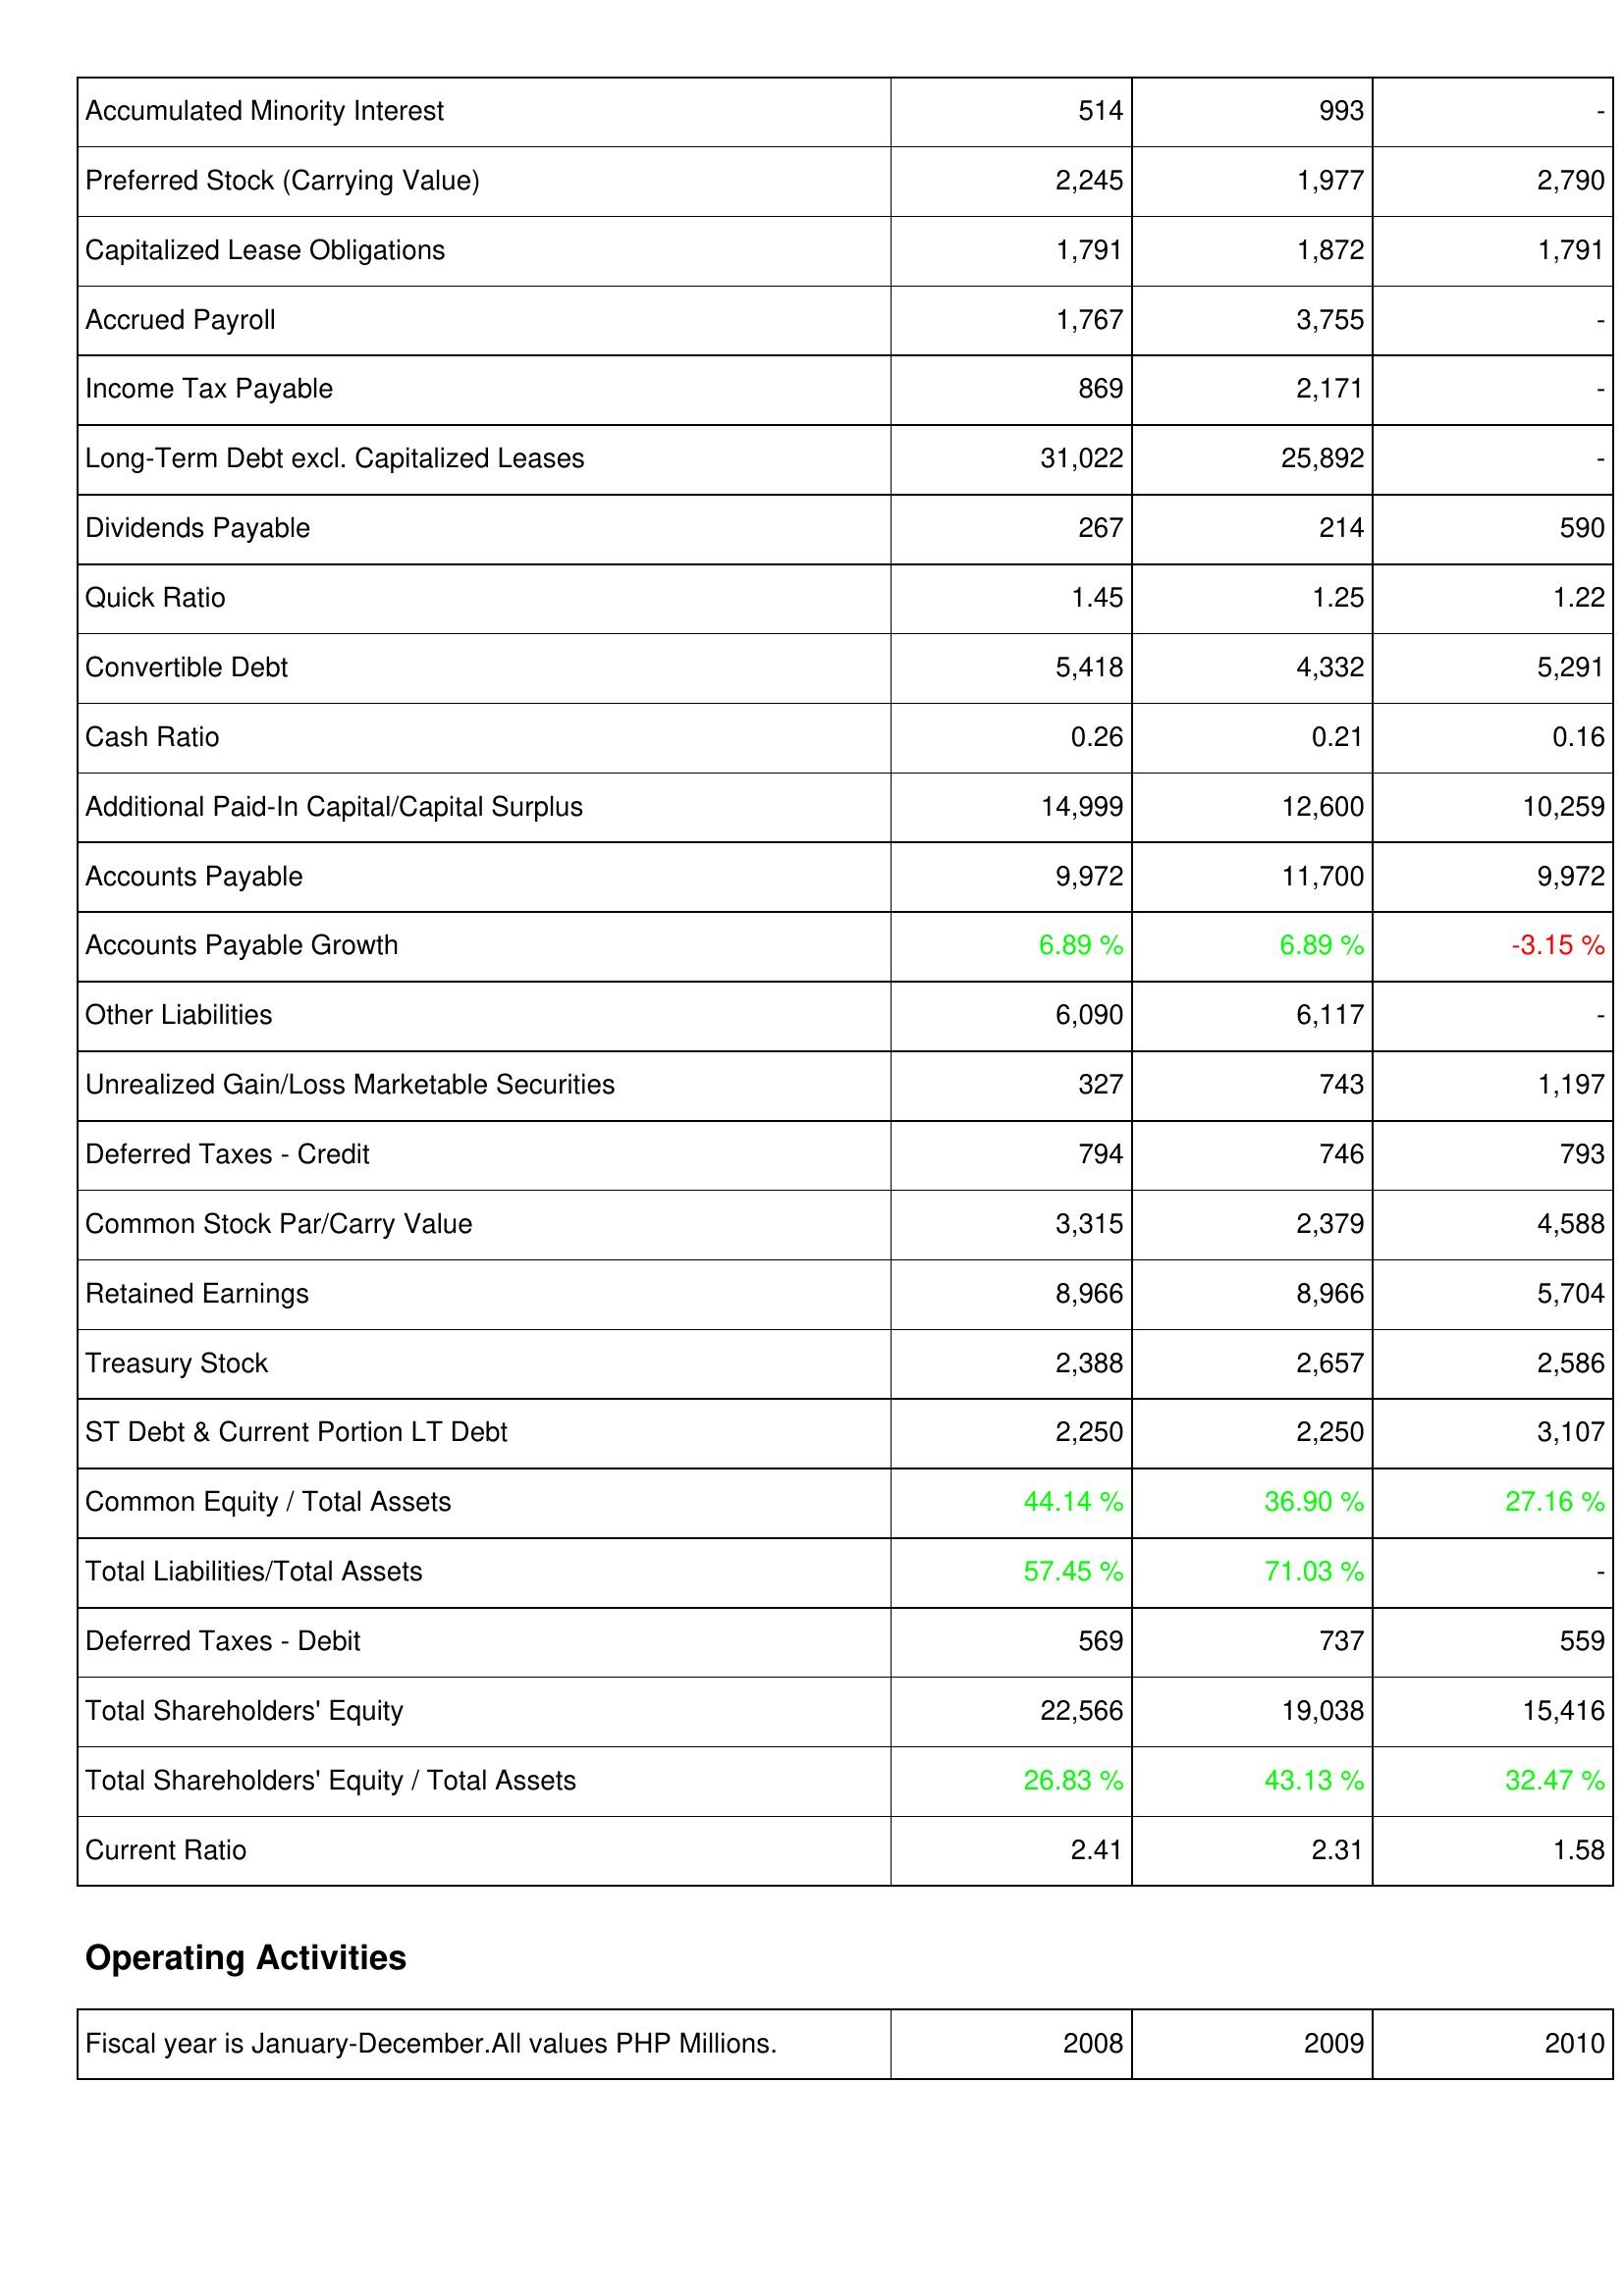
2008: Liabilities & Shareholders' Equity: Accumulated Minority Interest: 514
Preferred Stock (Carrying Value): 2,245
Capitalized Lease Obligations: 1,791
Accrued Payroll: 1,767
Income Tax Payable: 869
Long-Term Debt excl. Capitalized Leases: 31,022
Dividends Payable: 267
Quick Ratio: 1.45
Convertible Debt: 5,418
Cash Ratio: 0.26
Additional Paid-In Capital/Capital Surplus: 14,999
Accounts Payable: 9,972
Accounts Payable Growth: 6.89 %
Other Liabilities: 6,090
Unrealized Gain/Loss Marketable Securities: 327
Deferred Taxes - Credit: 794
Common Stock Par/Carry Value: 3,315
Retained Earnings: 8,966
Treasury Stock: 2,388
ST Debt & Current Portion LT Debt: 2,250
Common Equity / Total Assets: 44.14 %
Total Liabilities/Total Assets: 57.45 %
Deferred Taxes - Debit: 569
Total Shareholders' Equity: 22,566
Total Shareholders' Equity / Total Assets: 26.83 %
Current Ratio: 2.41
2009: Liabilities & Shareholders' Equity: Accumulated Minority Interest: 993
Preferred Stock (Carrying Value): 1,977
Capitalized Lease Obligations: 1,872
Accrued Payroll: 3,755
Income Tax Payable: 2,171
Long-Term Debt excl. Capitalized Leases: 25,892
Dividends Payable: 214
Quick Ratio: 1.25
Convertible Debt: 4,332
Cash Ratio: 0.21
Additional Paid-In Capital/Capital Surplus: 12,600
Accounts Payable: 11,700
Accounts Payable Growth: 6.89 %
Other Liabilities: 6,117
Unrealized Gain/Loss Marketable Securities: 743
Deferred Taxes - Credit: 746
Common Stock Par/Carry Value: 2,379
Retained Earnings: 8,966
Treasury Stock: 2,657
ST Debt & Current Portion LT Debt: 2,250
Common Equity / Total Assets: 36.90 %
Total Liabilities/Total Assets: 71.03 %
Deferred Taxes - Debit: 737
Total Shareholders' Equity: 19,038
Total Shareholders' Equity / Total Assets: 43.13 %
Current Ratio: 2.31
2010: Liabilities & Shareholders' Equity: Accumulated Minority Interest: -
Preferred Stock (Carrying Value): 2,790
Capitalized Lease Obligations: 1,791
Accrued Payroll: -
Income Tax Payable: -
Long-Term Debt excl. Capitalized Leases: -
Dividends Payable: 590
Quick Ratio: 1.22
Convertible Debt: 5,291
Cash Ratio: 0.16
Additional Paid-In Capital/Capital Surplus: 10,259
Accounts Payable: 9,972
Accounts Payable Growth: -3.15 %
Other Liabilities: -
Unrealized Gain/Loss Marketable Securities: 1,197
Deferred Taxes - Credit: 793
Common Stock Par/Carry Value: 4,588
Retained Earnings: 5,704
Treasury Stock: 2,586
ST Debt & Current Portion LT Debt: 3,107
Common Equity / Total Assets: 27.16 %
Total Liabilities/Total Assets: -
Deferred Taxes - Debit: 559
Total Shareholders' Equity: 15,416
Total Shareholders' Equity / Total Assets: 32.47 %
Current Ratio: 1.58